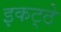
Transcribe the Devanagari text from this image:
इकट्‍ठे